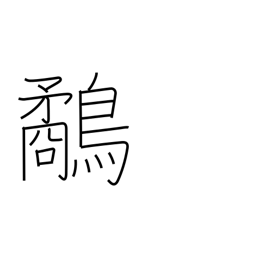
Meaning: snipe